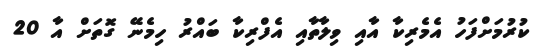
ކުރުމަށްފަހު އެމެރިކާ އާއި ވިލާތާއި އެފްރިކާ ބައްރު ހިމެނޭ ގޮތަށް އާ 20